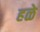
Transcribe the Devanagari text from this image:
हळे